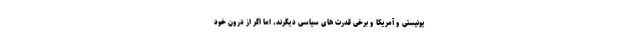
یونیستی و آمریکا و برخی قدرت های سیاسی دیگرند، امّا اگر از درون خود